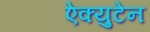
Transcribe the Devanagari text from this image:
ऐक्युटेन